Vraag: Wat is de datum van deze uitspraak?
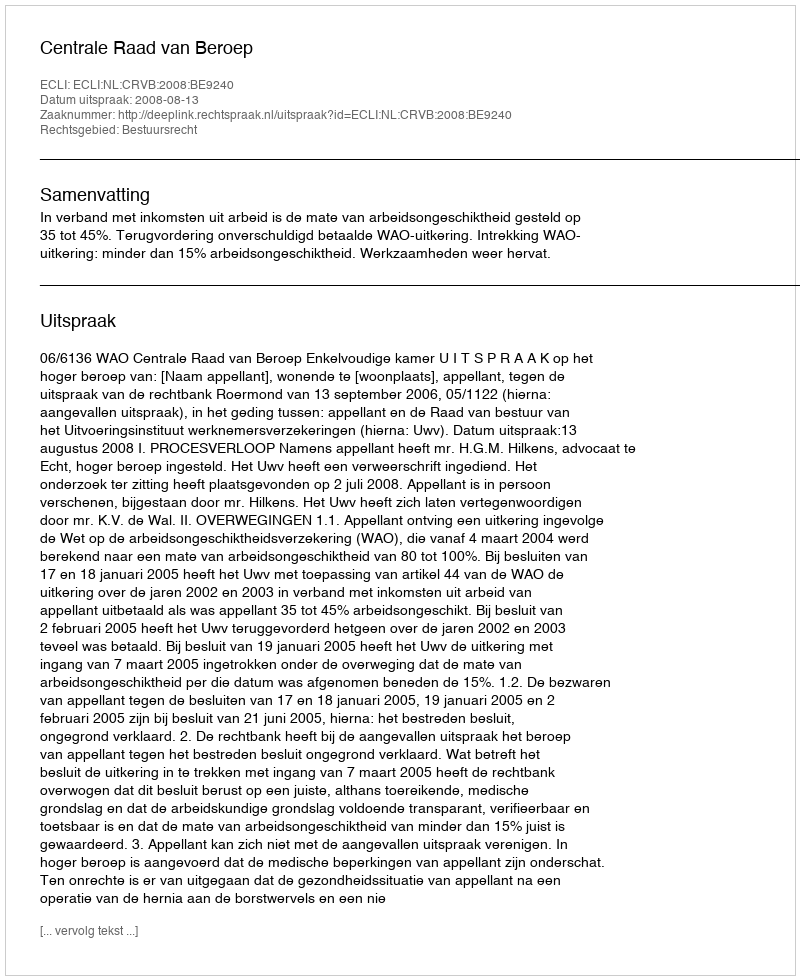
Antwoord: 2008-08-13